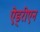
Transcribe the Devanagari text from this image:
ऐड्रीएन